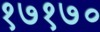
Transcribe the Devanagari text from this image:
१७१७०